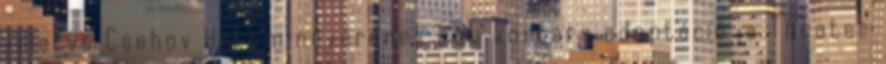
, illetve Csehov Három nővérének egy kortárs adaptációja Theater